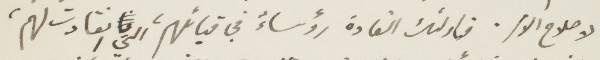
لاصلاح الأمر. فاولئك القادة رؤساء في قبائلهم، التي انقادت لهم